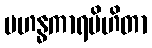
မဟန္ဓကာရပိဟိတာ